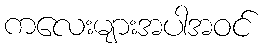
ကလေးများအပါအဝင်